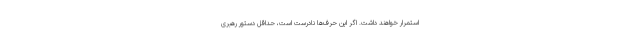
استمرار خواهند داشت. اگر این حرف‌ها نادرست است، حداقل دستور رهبری